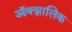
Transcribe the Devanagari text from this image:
ऑक्झालिक